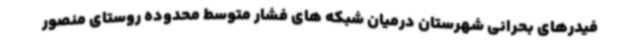
فیدرهای بحرانی شهرستان درمیان شبکه های فشار متوسط محدوده روستای منصور